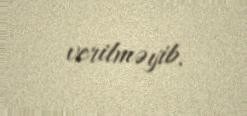
verilməyib.